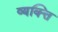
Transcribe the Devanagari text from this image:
व्यक्त्ति